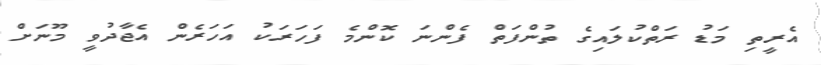
އެރީތި މަޑު ރަތްކުލައިގެ ތުންފަތް ފެންނަ ކޮންމެ ފަހަރަކު އަހަރެން އެޖާދުވީ މޫނަށް